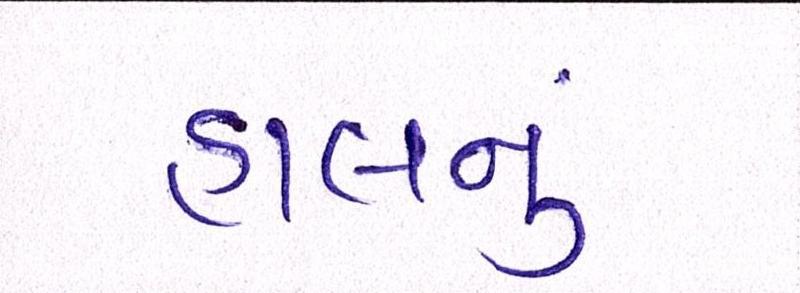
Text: હાલનું